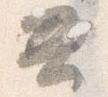
云